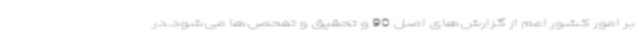
بر امور کشور اعم از گزارش‌های اصل 90 و تحقیق و تفحص‌ها می‌شود.در